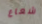
شعاع